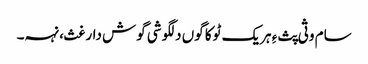
سام وثی پث ءِ ہریک ٹوکا گوں دلگوشی گوش دارغث، نہہ۔